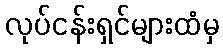
လုပ်ငန်းရှင်များထံမှ